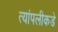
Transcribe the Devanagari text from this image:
त्यांपलीकडे